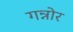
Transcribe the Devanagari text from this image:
गन्नोर